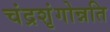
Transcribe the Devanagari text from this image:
चंद्रशृंगोन्नति